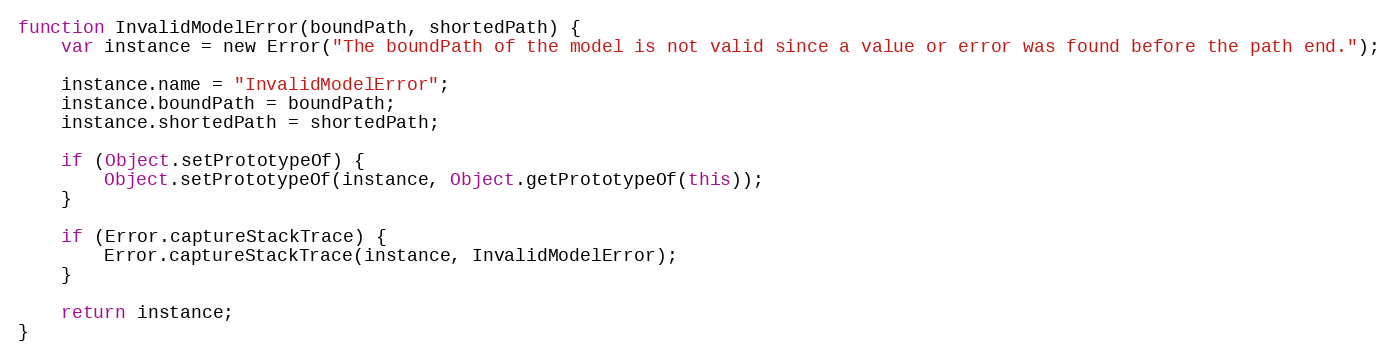
Language: JavaScript
function InvalidModelError(boundPath, shortedPath) {
    var instance = new Error("The boundPath of the model is not valid since a value or error was found before the path end.");

    instance.name = "InvalidModelError";
    instance.boundPath = boundPath;
    instance.shortedPath = shortedPath;

    if (Object.setPrototypeOf) {
        Object.setPrototypeOf(instance, Object.getPrototypeOf(this));
    }

    if (Error.captureStackTrace) {
        Error.captureStackTrace(instance, InvalidModelError);
    }

    return instance;
}